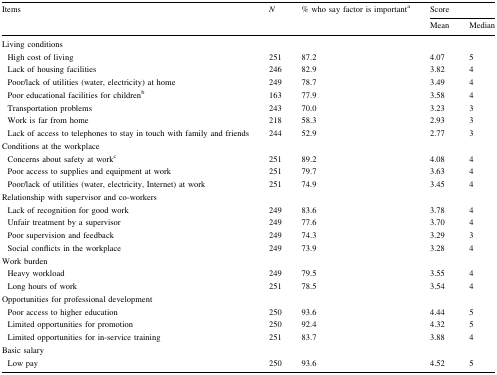
| <ROWSPAN=2> Items | <ROWSPAN=2> N | <ROWSPAN=2> % who say factor is importanta | <COLSPAN=2> Score |
 | Mean | Median |
 | --- | --- | --- | --- | --- |
 | <COLSPAN=5> Living conditions |
 | High cost of living | 251 | 87.2 | 4.07 | 5 |
 | Lack of housing facilities | 246 | 82.9 | 3.82 | 4 |
 | Poor/lack of utilities (water, electricity) at home | 249 | 78.7 | 3.49 | 4 |
 | Poor educational facilities for childrenb | 163 | 77.9 | 3.58 | 4 |
 | Transportation problems | 243 | 70.0 | 3.23 | 3 |
 | Work is far from home | 218 | 58.3 | 2.93 | 3 |
 | Lack of access to telephones to stay in touch with family and friends | 244 | 52.9 | 2.77 | 3 |
 | <COLSPAN=5> Conditions at the workplace |
 | Concerns about safety at workc | 251 | 89.2 | 4.08 | 4 |
 | Poor access to supplies and equipment at work | 251 | 79.7 | 3.63 | 4 |
 | Poor/lack of utilities (water, electricity, Internet) at work | 251 | 74.9 | 3.45 | 4 |
 | <COLSPAN=5> Relationship with supervisor and co-workers |
 | Lack of recognition for good work | 249 | 83.6 | 3.78 | 4 |
 | Unfair treatment by a supervisor | 249 | 77.6 | 3.70 | 4 |
 | Poor supervision and feedback | 249 | 74.3 | 3.29 | 3 |
 | Social conflicts in the workplace | 249 | 73.9 | 3.28 | 4 |
 | <COLSPAN=5> Work burden |
 | Heavy workload | 249 | 79.5 | 3.55 | 4 |
 | Long hours of work | 251 | 78.5 | 3.54 | 4 |
 | <COLSPAN=5> Opportunities for professional development |
 | Poor access to higher education | 250 | 93.6 | 4.44 | 5 |
 | Limited opportunities for promotion | 250 | 92.4 | 4.32 | 5 |
 | Limited opportunities for in-service training | 251 | 83.7 | 3.88 | 4 |
 | <COLSPAN=5> Basic salary |
 | Low pay | 250 | 93.6 | 4.52 | 5 |